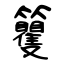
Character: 籰